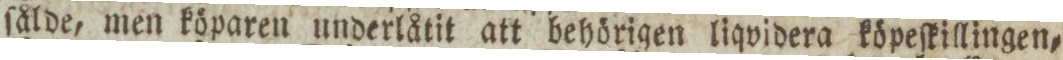
ſålde, men köparen underlåtit att behörigen liqvidera köpeſkillingen=